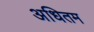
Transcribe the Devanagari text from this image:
अधितम